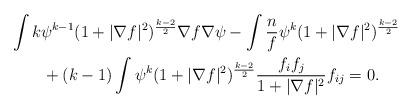
LaTeX: \begin{align*}&\int k\psi^{k-1}(1+ |\nabla f|^{2})^{\frac{k-2}{2}} \nabla f\nabla\psi -\int\frac{n}{f}\psi^{k}(1+ |\nabla f|^{2})^{\frac{k-2}{2}}\\&\qquad+(k-1)\int\psi^{k}(1+ |\nabla f|^{2})^{\frac{k-2}{2}}\frac{f_{i}f_{j}}{1+|\nabla f|^{2}}f_{ij}=0.\end{align*}